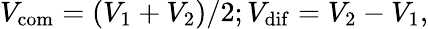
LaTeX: V_{\mathrm{com}}=(V_{1}+V_{2})/2;V_{\mathrm{dif}}=V_{2}-V_{1},